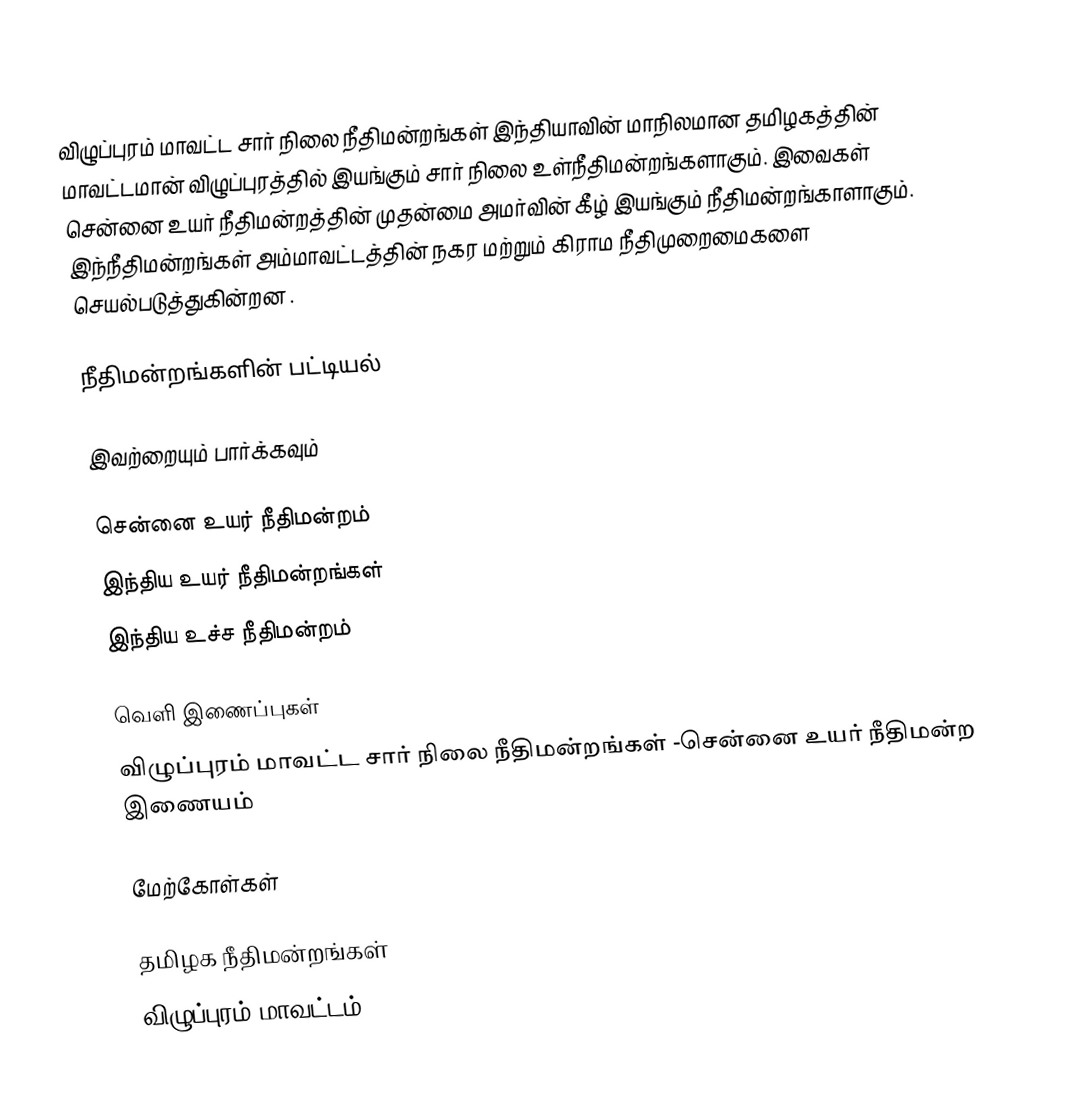
விழுப்புரம் மாவட்ட சார் நிலை நீதிமன்றங்கள் இந்தியாவின் மாநிலமான தமிழகத்தின் மாவட்டமான் விழுப்புரத்தில் இயங்கும் சார் நிலை உள்நீதிமன்றங்களாகும். இவைகள் சென்னை உயர் நீதிமன்றத்தின் முதன்மை அமர்வின் கீழ் இயங்கும் நீதிமன்றங்காளாகும். இந்நீதிமன்றங்கள் அம்மாவட்டத்தின் நகர மற்றும் கிராம நீதிமுறைமைகளை செயல்படுத்துகின்றன .

நீதிமன்றங்களின் பட்டியல்

இவற்றையும் பார்க்கவும்

சென்னை உயர் நீதிமன்றம்
இந்திய உயர் நீதிமன்றங்கள்
இந்திய உச்ச நீதிமன்றம்

வெளி இணைப்புகள்
விழுப்புரம் மாவட்ட சார் நிலை நீதிமன்றங்கள் -சென்னை உயர் நீதிமன்ற இணையம்

மேற்கோள்கள்

தமிழக நீதிமன்றங்கள்
விழுப்புரம் மாவட்டம்